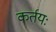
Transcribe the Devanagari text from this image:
कर्तयः